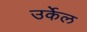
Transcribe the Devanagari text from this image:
उर्केल